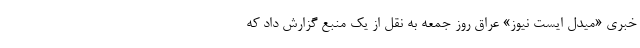
خبری «میدل ایست نیوز» عراق روز جمعه به نقل از یک منبع گزارش داد که